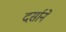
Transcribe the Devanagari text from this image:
दर्साने